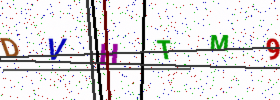
Text: DVHTM9